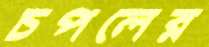
চপলের